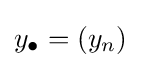
y_{\bullet }=\left(y_{n}\right)